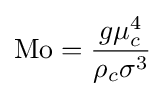
\mathrm {Mo} ={\frac {g\mu _{c}^{4}}{\rho _{c}\sigma ^{3}}}